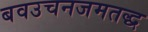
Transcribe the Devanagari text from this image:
बवउचनजमतद्ध